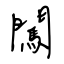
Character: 闖